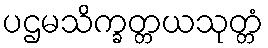
ပဌမသိက္ခတ္တယသုတ္တံ